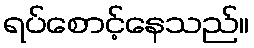
ရပ်စောင့်နေသည်။